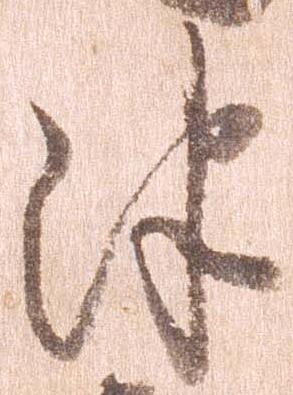
津